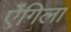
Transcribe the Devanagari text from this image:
ऐंगिला